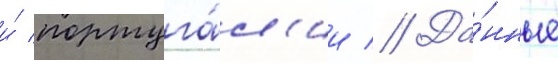
и́ португа́л'ии // Да́нные